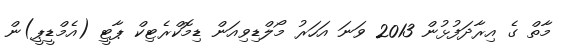
މާތް ގެ އިރާދަފުޅުން 2013 ވަނަ އަހަރު މޯލްޑިވިއަން ޑިމޮކްރެޓިކް ޕާޓީ (އެމްޑީޕީ)ން